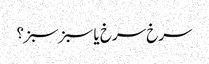
سرخ سرخ یا سبز سبز؟